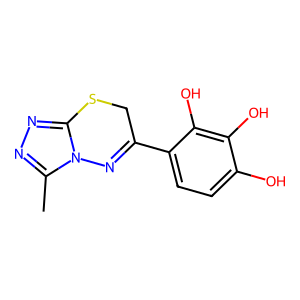
SMILES: Cc1nnc2n1N=C(c1ccc(O)c(O)c1O)CS2
Inhibits HIV replication: No